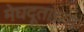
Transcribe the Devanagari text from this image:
मेघदूतांच्या